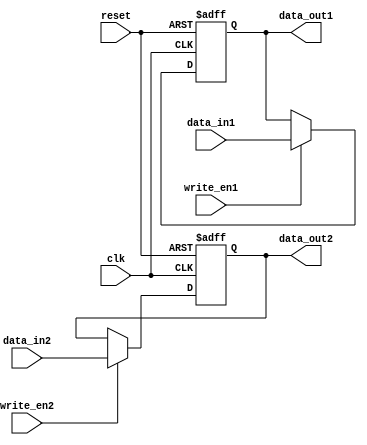
module DualPortBypassRegister (
  input clk,
  input reset,
  input [31:0] data_in1,
  input write_en1,
  input [31:0] data_in2,
  input write_en2,
  output reg [31:0] data_out1,
  output reg [31:0] data_out2
);

reg [31:0] reg_data_out1;
reg [31:0] reg_data_out2;

always @(posedge clk or posedge reset) begin
  if (reset) begin
    reg_data_out1 <= 0;
    reg_data_out2 <= 0;
  end 
  else begin
    if (write_en1) begin
      reg_data_out1 <= data_in1;
    end
    if (write_en2) begin
      reg_data_out2 <= data_in2;
    end
  end
end

always @* begin
  data_out1 = reg_data_out1;
  data_out2 = reg_data_out2;
end

endmodule